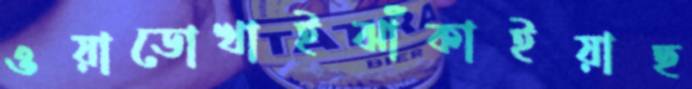
ওয়াডোখাইঝাঁকাইয়াছ